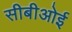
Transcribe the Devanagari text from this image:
सीबीओई